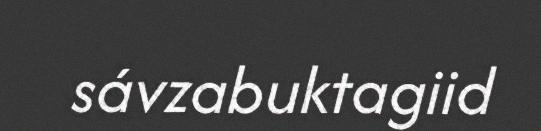
sávzabuktagiid